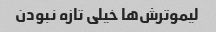
لیموترش‌ها خیلی تازه نبودن